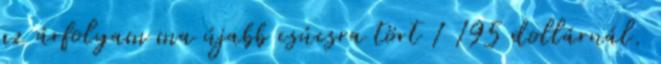
az árfolyam ma újabb csúcsra tört 1 195 dollárnál.